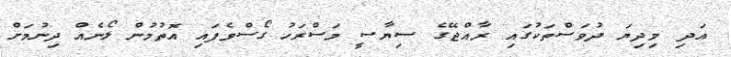
އަދި މިދިޔަ ދުވަސްތަކުގައި ރާއްޖޭގެ ސިޔާސީ މަސްރަހު ގޯސްވެފައި އޮތުމުން ލޯނެއް ދިނުމަށް